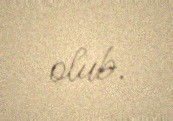
olub.